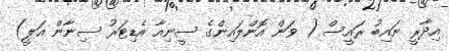
އިދާރީ ނައިބު ރައީސް ( ވަން އޮންލައިންގެ ސީނިއާ އެޑިޓަރު ސިނާން އަލީ)